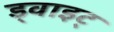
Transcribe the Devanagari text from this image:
ड्वाइट्